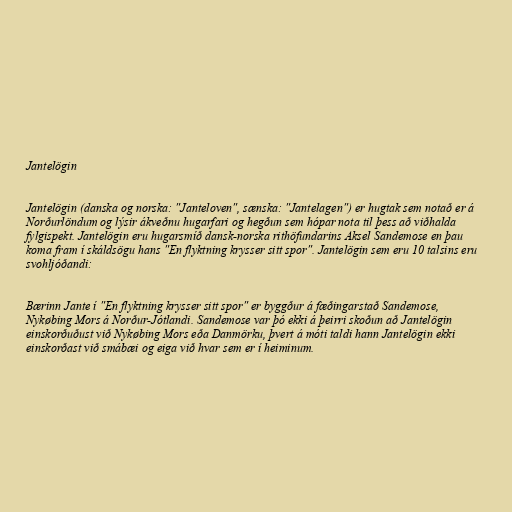
Jantelögin

Jantelögin (danska og norska: "Janteloven", sænska: "Jantelagen") er hugtak sem notað er á
Norðurlöndum og lýsir ákveðnu hugarfari og hegðun sem hópar nota til þess að viðhalda
fylgispekt. Jantelögin eru hugarsmíð dansk-norska rithöfundarins Aksel Sandemose en þau
koma fram í skáldsögu hans "En flyktning krysser sitt spor". Jantelögin sem eru 10 talsins eru
svohljóðandi:

Bærinn Jante í "En flyktning krysser sitt spor" er byggður á fæðingarstað Sandemose,
Nykøbing Mors á Norður-Jótlandi. Sandemose var þó ekki á þeirri skoðun að Jantelögin
einskorðuðust við Nykøbing Mors eða Danmörku, þvert á móti taldi hann Jantelögin ekki
einskorðast við smábæi og eiga við hvar sem er í heiminum.